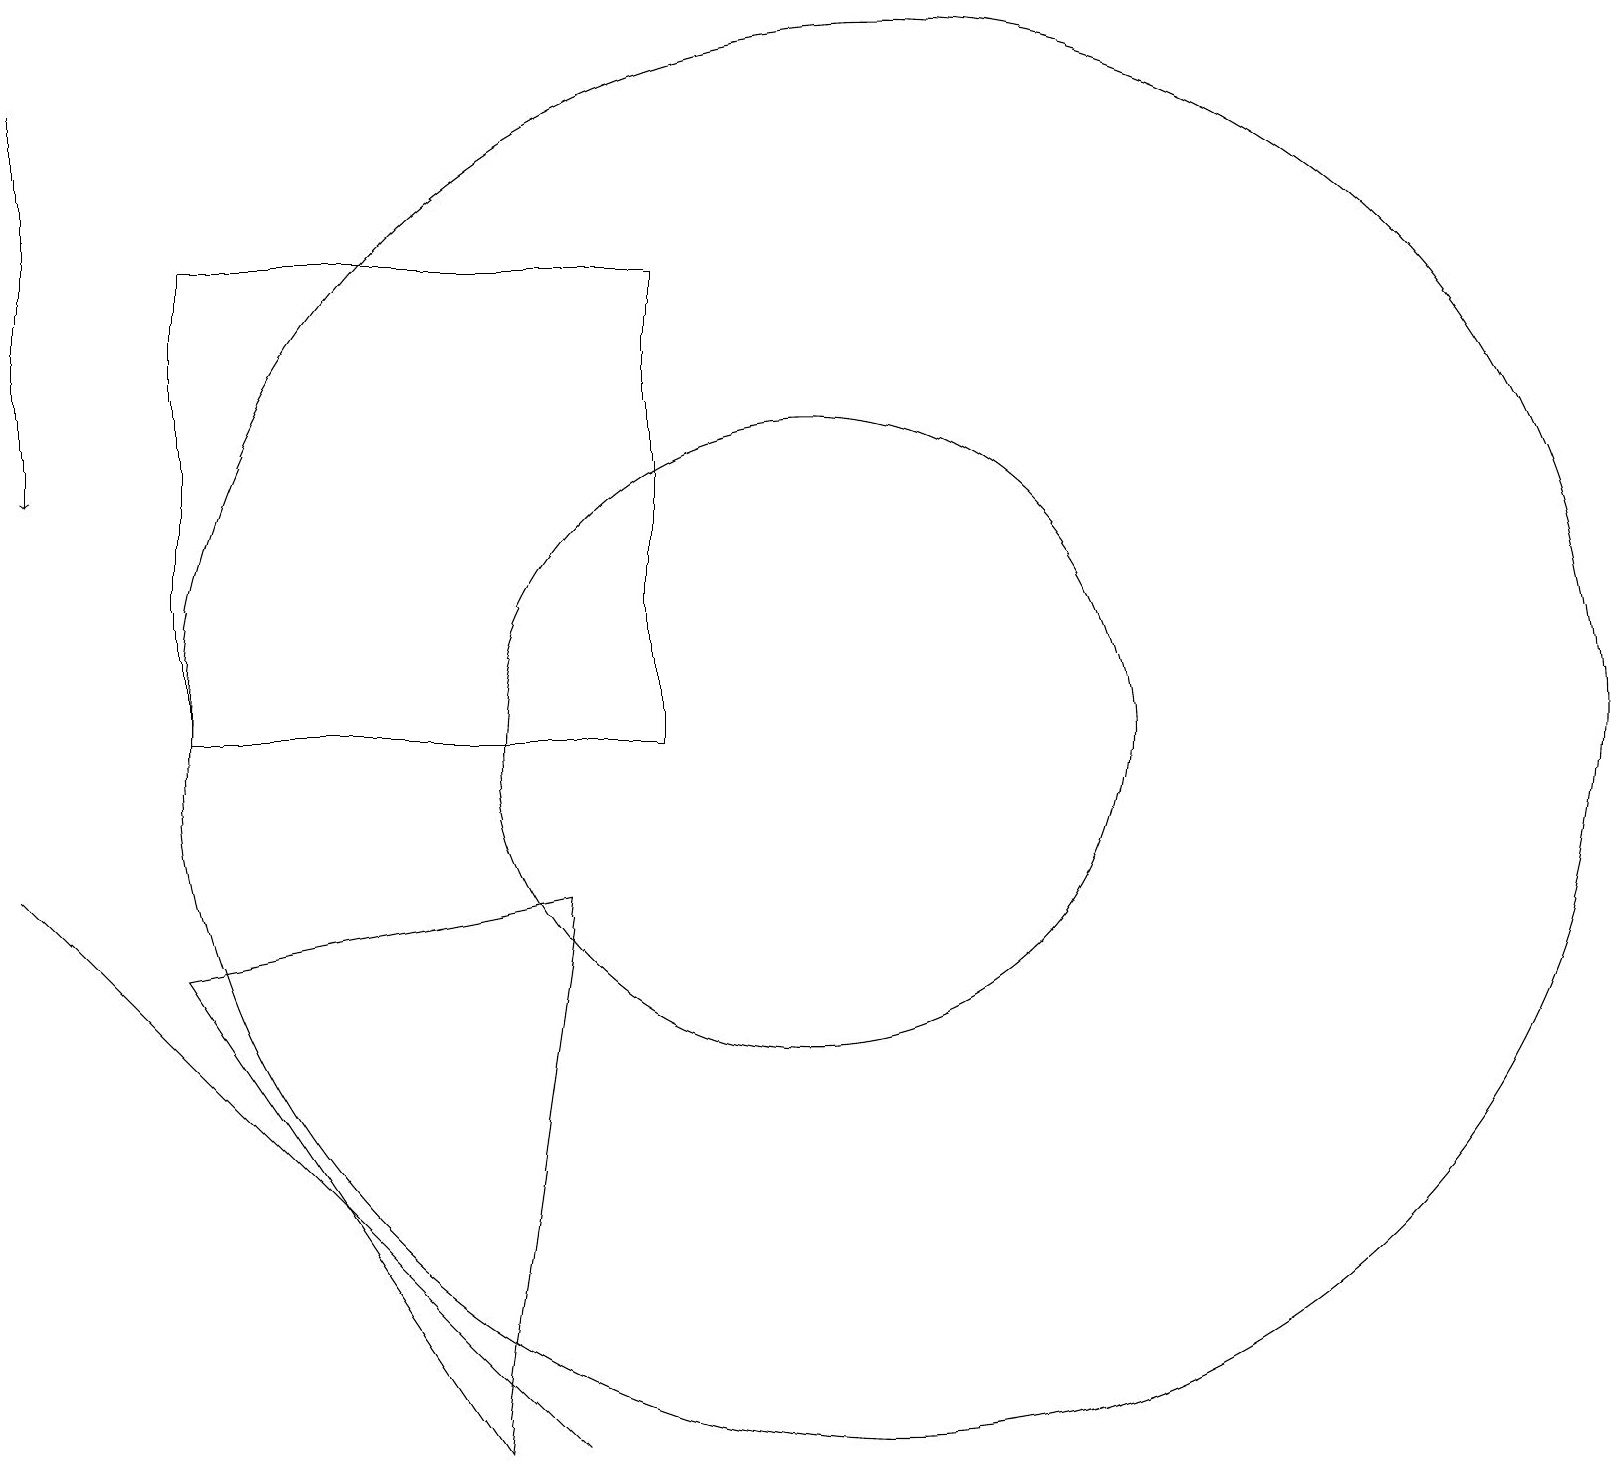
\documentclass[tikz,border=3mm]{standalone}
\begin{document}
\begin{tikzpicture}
\draw (11,10) circle (9);
\draw (7,8) -- (6,1) -- (2,7) -- cycle;
\draw (10,10) circle (4);
\draw[->] (0,18) -- (0,13);
\draw (8,10) rectangle (2,16);
\draw (7,1) -- (5,3) -- (0,8) -- cycle;
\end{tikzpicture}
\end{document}